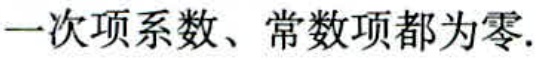
一次项系数、常数项都为零.